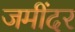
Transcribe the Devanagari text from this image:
जमींदर